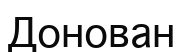
Донован